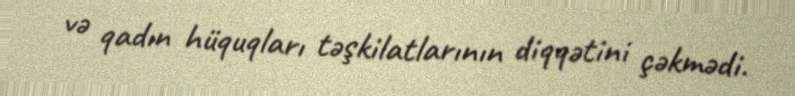
və qadın hüquqları təşkilatlarının diqqətini çəkmədi.